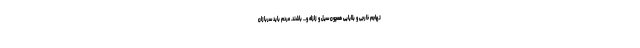
تهاجم خارجی و بلایایی همچون سیل و زلزله و... باشند. مردم باید سربازان